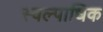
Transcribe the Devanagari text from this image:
स्वल्पाधिक